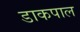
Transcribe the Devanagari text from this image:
डाकपाल